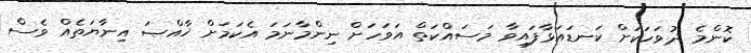
ކޮންމެ ދުވަހަކަށް ކަނޑައަޅާފައިވާ މަސައްކަތް އަވަހަށް ނިންމާނަމަ އެކަމަށް ޚާއްޞަ އިނާޔަތެއް ވެސް